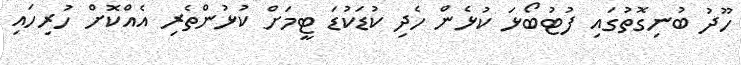
ހޫދު ބުނިގޮތުގައި ފުޓުބޯޅަ ކުޅެން ހެދި ކުޑަކުޑަ ޓީމަށް ކުޅުންތެރި އެއްކޮށް ހުރިހައި